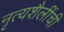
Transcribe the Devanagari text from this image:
नृत्यशैलींची